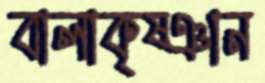
বালাকৃষ্ঞান